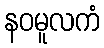
နဝမူလကံ